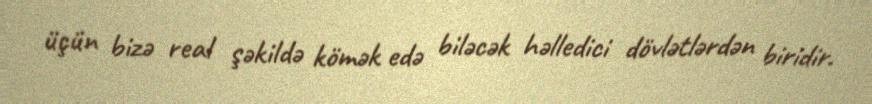
üçün bizə real şəkildə kömək edə biləcək həlledici dövlətlərdən biridir.